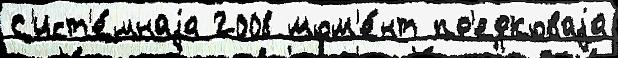
С'ист'е́мнаjа 2008 мом'е́нт пр'едковаjа